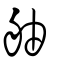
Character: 舳